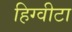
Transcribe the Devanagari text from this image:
हिग्वीटा